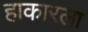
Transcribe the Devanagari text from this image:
हाकारला